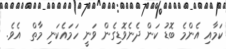
ކަމާއި އެންމެ ބޮޑު ކަން ދެނެވޮޑިގެން ވަނީ ހަމައެކަނި މާތް  އެވެ.